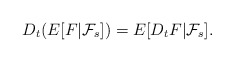
\begin{align*}D_{t}(E[F|\mathcal{F}_{s}])=E[D_{t}F|\mathcal{F}_{s}].\end{align*}